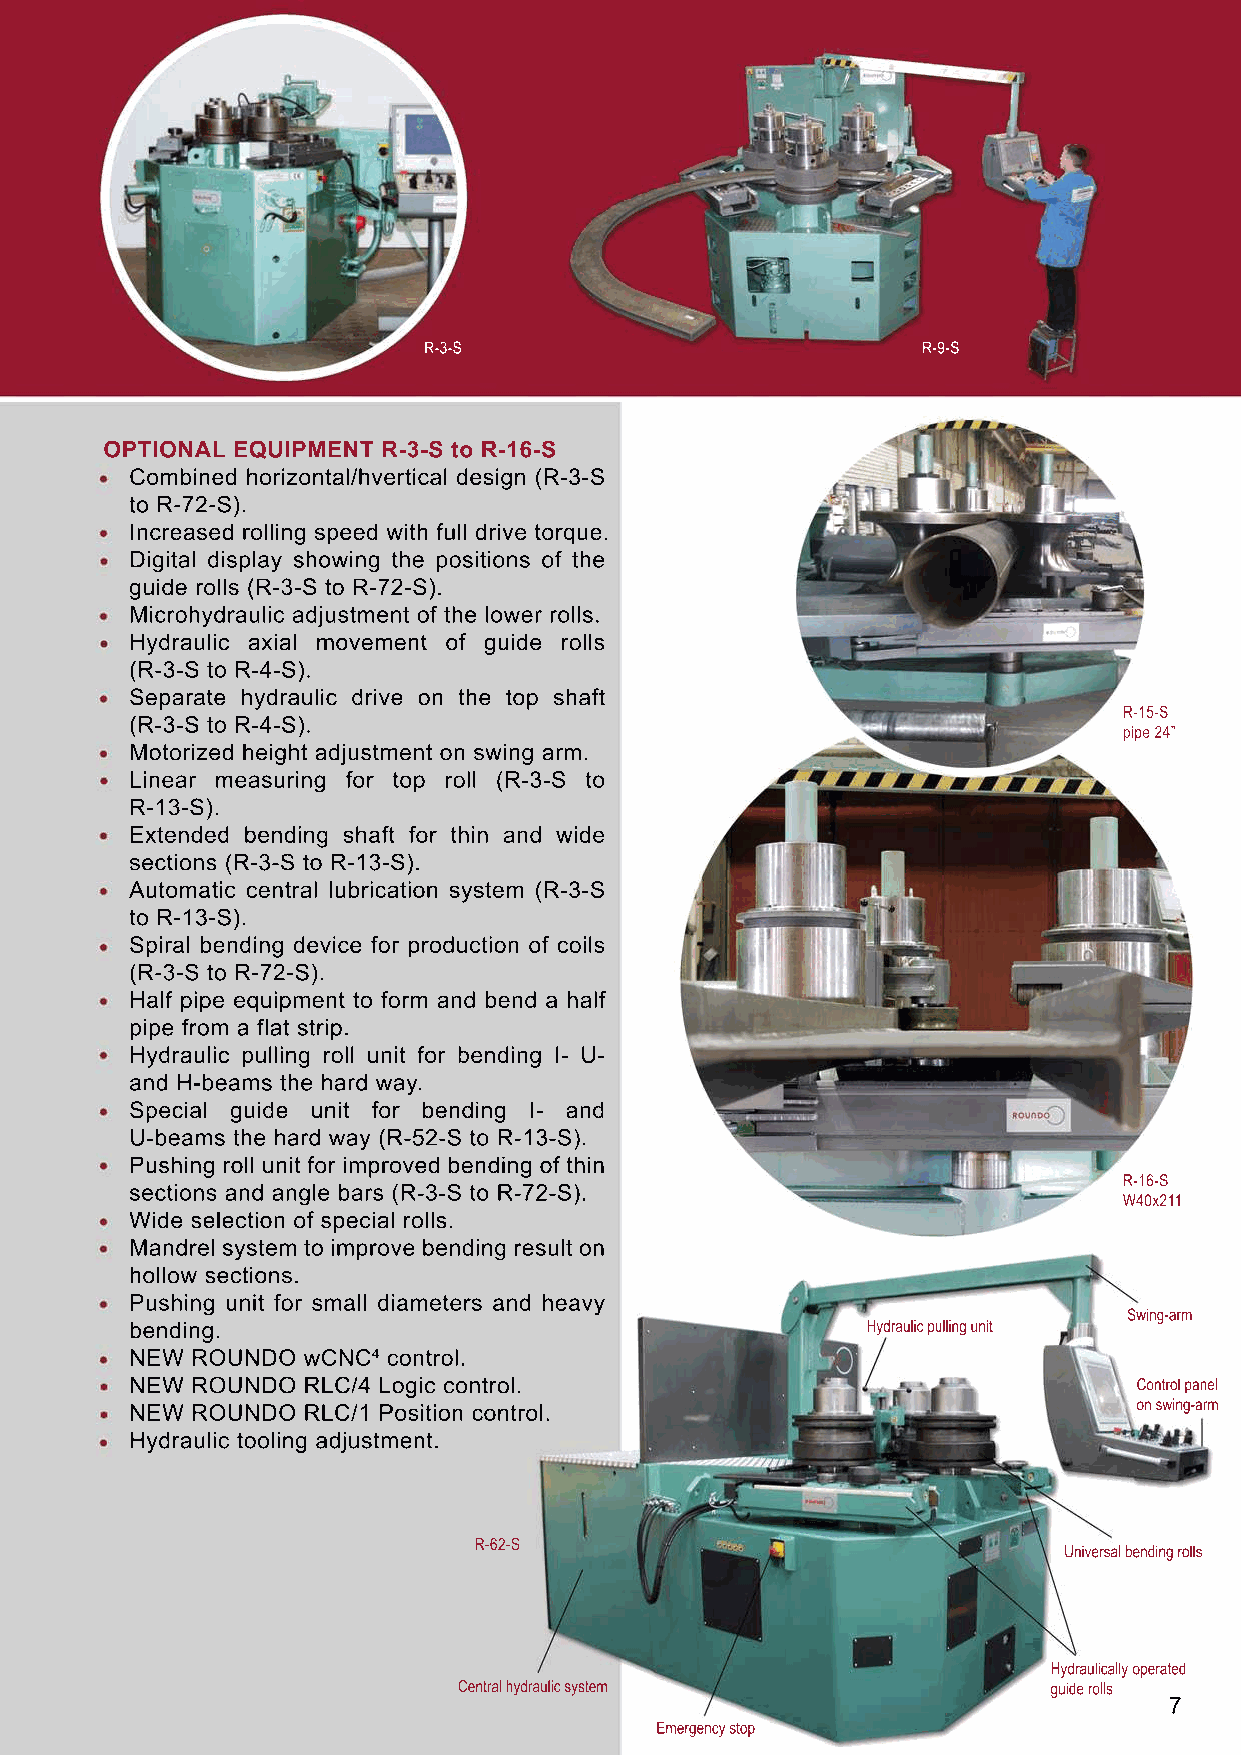
R-3-S                            R-9-S
 OPTIONAL EQUIPMENT R-3-S to R-16-S
 Combined horizontal/hvertical design (R-3-S
 to R-72-S).
 Increased rolling speed with full drive torque.
 Digital display showing the positions of the
 guide rolls (R-3-S to R-72-S).
 Microhydraulic adjustment of the lower rolls.
 HHyyddrraauulliicc axial movement of guide rolls
 (R-3-S to R-4-S).
 Separate hydraulic drive on the top shaft
 R-15-S
 (R-3-S to R-4-S).
 pipe 24”
 Motorized height adjustment on swing arm.
 Linear measuring for top roll (R-3-S to
 R-13-S).
 EExxtteennddeedd bending shaft for thin and wide
 sections (R-3-S to R-13-S).
 Automatic central lubrication system (R-3-S
 to R-13-S).
 Spiral bending device for production of coils
 (R-3-S to R-72-S).
 HHaallff pipe equipment to form and bend a half
 pipe from a flat strip.
 Hydraulic pulling roll unit for bending I- U-
 and H-beams the hard way.
 Special guide unit for bending I- and
 U-beams the hard way (R-52-S to R-13-S).
 PPuusshhiinngg roll unit for improved bending of thin
 R-16-S
 sections and angle bars (R-3-S to R-72-S).
 W40x211
 Wide selection of special rolls.
 Mandrel system to improve bending result on
 hollow sections.
 Pushing unit for small diameters and heavy
 Swing-arm
 bending.                                        Hydraulic pulling unit
 NNEEWW RROOUUNNDDOO wwCCNNCC4 control.
 NEW ROUNDO RLC/4 Logic control.                                   Control panel
 on swing-arm
 NEW ROUNDO RLC/1 Position control.
 Hydraulic tooling adjustment.
 R-62-S
 Universal bending rolls
 Hydraulically operated
 Central hydraulic system                guide rolls
 7
 Emergency stop